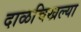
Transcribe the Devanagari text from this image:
दाळचिखल्या